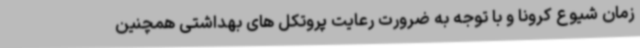
زمان شیوع کرونا و با توجه به ضرورت رعایت پروتکل های بهداشتی همچنین